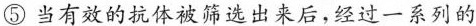
⑤当有效的抗体被筛选出来后，经过一系列的